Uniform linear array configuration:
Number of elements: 8
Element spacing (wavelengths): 0.75
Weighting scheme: exponential
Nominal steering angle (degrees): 0
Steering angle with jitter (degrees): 0.1728
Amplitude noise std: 0.05
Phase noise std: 0.05

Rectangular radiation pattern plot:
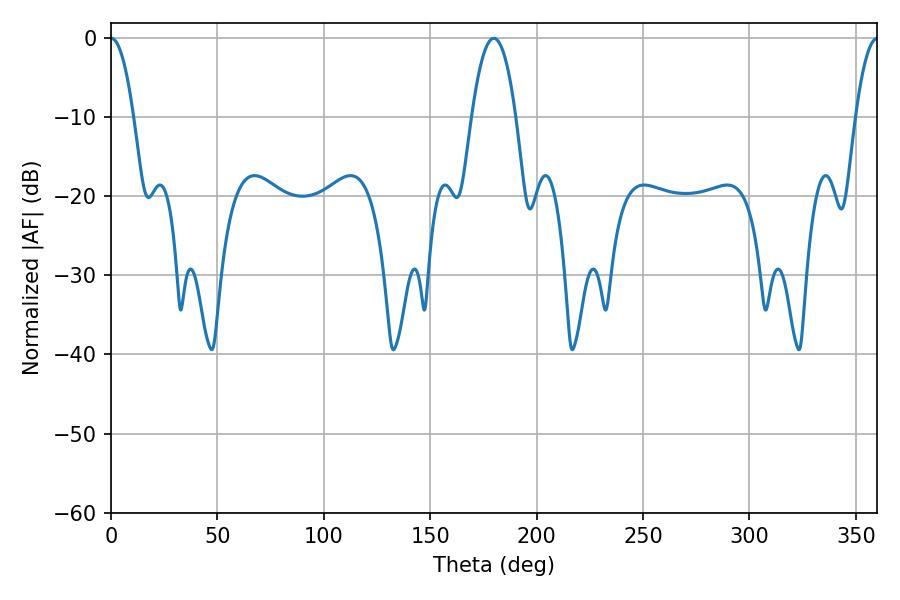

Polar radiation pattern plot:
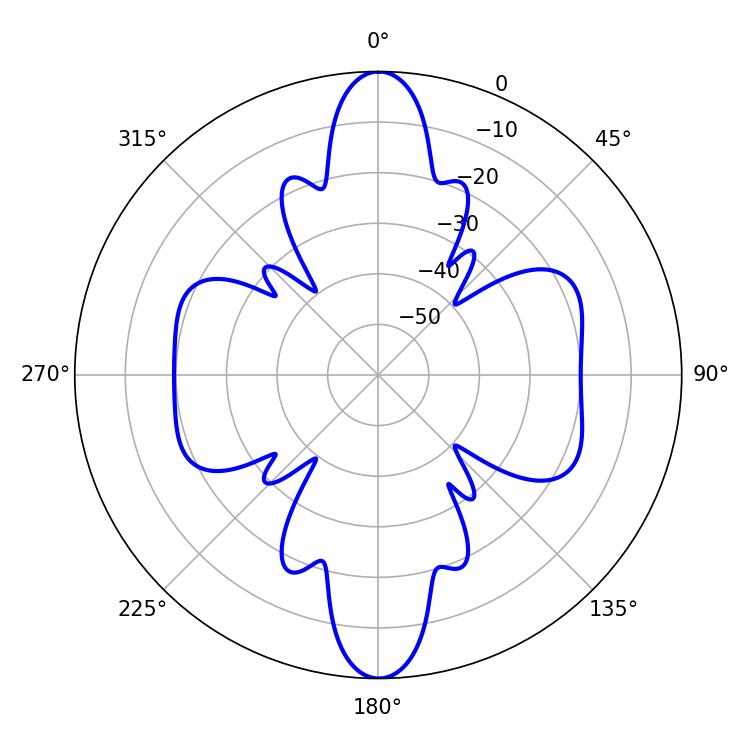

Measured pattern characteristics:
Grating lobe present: TRUE
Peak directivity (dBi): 27.412
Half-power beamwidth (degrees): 5.94
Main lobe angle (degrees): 0.18